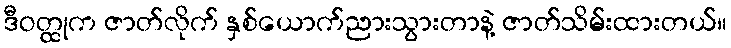
ဒီဝတ္ထုက ဇာတ်လိုက် နှစ်ယောက်ညားသွားတာနဲ့ ဇာတ်သိမ်းထားတယ်။